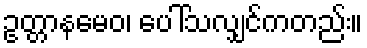
ဥတ္တာနမေဝ၊ ပေါ်သလျှင်ကတည်း။